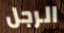
الرجل